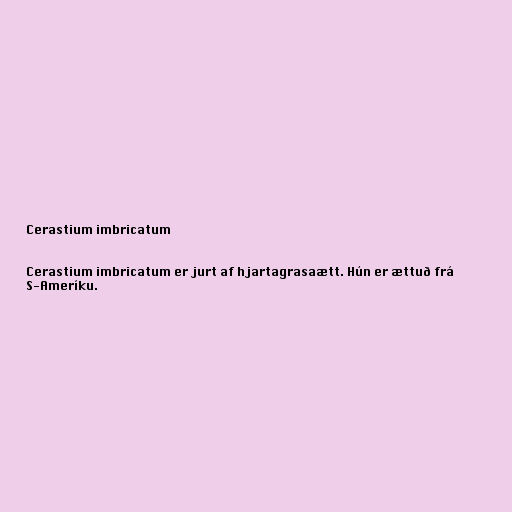
Cerastium imbricatum

Cerastium imbricatum er jurt af hjartagrasaætt. Hún er ættuð frá
S-Ameríku.